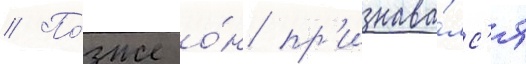
// По́зже о́н пр'изнава́лс'я